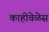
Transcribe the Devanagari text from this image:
काहीवेळेस